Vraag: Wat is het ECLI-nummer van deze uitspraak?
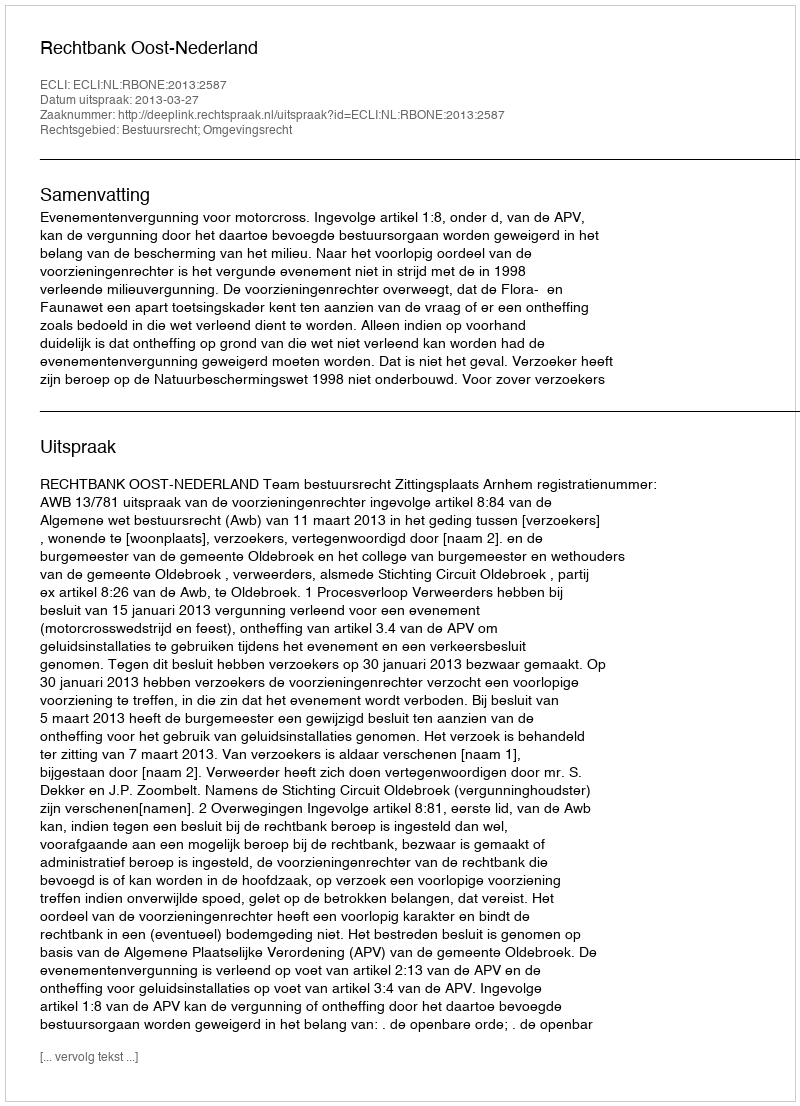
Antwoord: ECLI:NL:RBONE:2013:2587